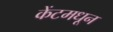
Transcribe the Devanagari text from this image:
केंटमधून